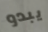
يبدو